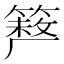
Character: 𥲪